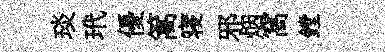
琰玳優篙寝邪烟窩鏜